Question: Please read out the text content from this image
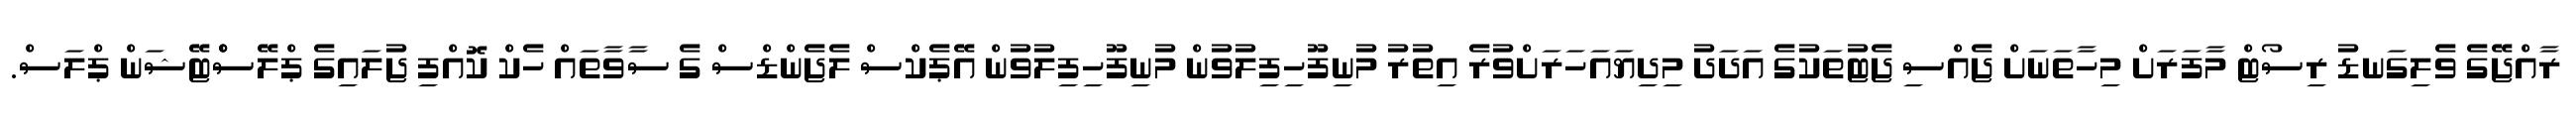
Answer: ރާއްޖޭގެ ވެލިގަނޑު ރިސޯޓް މާފަރަށް މިހާތަނަށް ޖެއްސި ޖެޓުތަކުގެ އަދަދު މިދިޔައަހަރަށްވުރެ އިތުރު މުނިފޫހިފިލުވުން މުނިފޫހިފިލުވުން އޭޕެކްސް ލެޖެންޑްސް ގެ ސާވާތައް ހެކް ކޮއްފި ޖުލައިގެ ޕްލޭސްްޓޭޝަން ޕްލަސް.